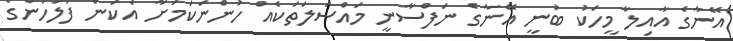
އޭނާގެ އާއިލާ މީހަކު ބުނީ އޭނާގެ ނަފްސާނީ މައްސަލަތަކެއް ހުންނަކަމަށާ އެކަން ފުލުހުންގެ